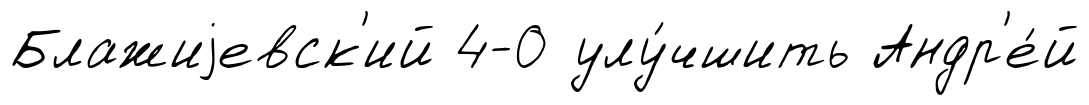
Блажиjевск'ий 4-0 улу́чшить Андр'е́й